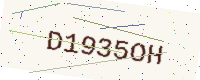
Text: D1935OH